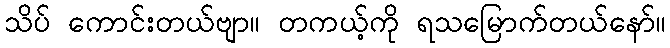
သိပ် ကောင်းတယ်ဗျာ။ တကယ့်ကို ရသမြောက်တယ်နော်။